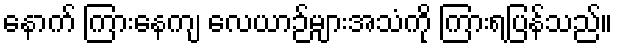
နောက် ကြားနေကျ လေယာဉ်များအသံကို ကြားရပြန်သည်။